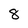
Character: 8